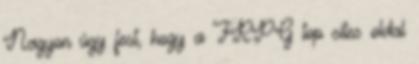
Nagyon úgy fest, hogy a FRPG top sites oldal